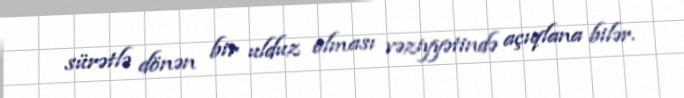
sürətlə dönən bir ulduz olması vəziyyətində açıqlana bilər.